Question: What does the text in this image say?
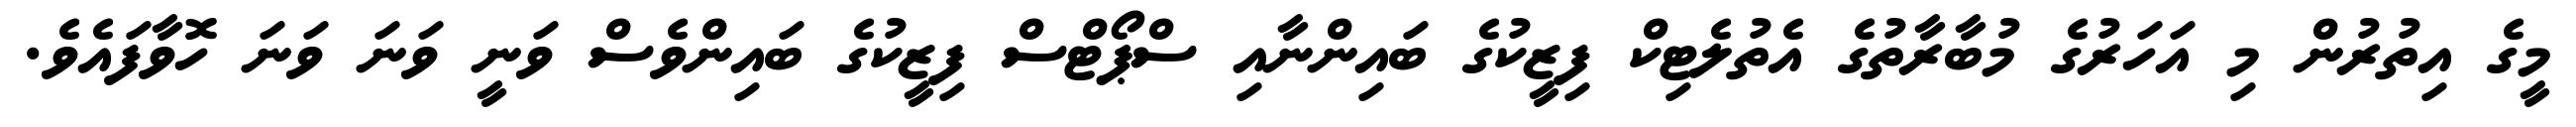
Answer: މީގެ އިތުރުން މި އަހަރުގެ މުބާރާތުގެ އެތުލެޓިކް ފިޒީކުގެ ބައިންނާއި ސްޕޯޓްސް ފިޒީކުގެ ބައިންވެސް ވަނީ ވަނަ ވަނަ ހޮވާފައެވެ.